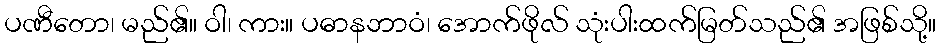
ပဏီတော၊ မည်၏။ ဝါ၊ ကား။ ပဓာနဘာဝံ၊ အောက်ဖိုလ် သုံးပါးထက်မြတ်သည်၏ အဖြစ်သို့။